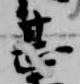
甚